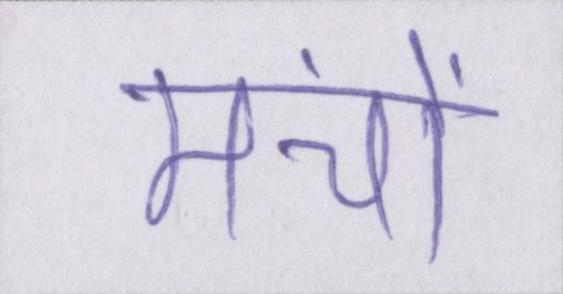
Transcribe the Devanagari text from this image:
मंचों